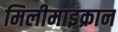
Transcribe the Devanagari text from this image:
मिलीमाइक्रान